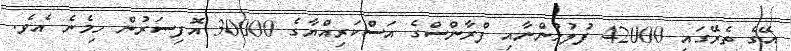
އޭގެ ތެރޭގައި 42000 ފުލުހުންނާއި ފްރާންސްގެ އަސްކަރިއްޔާގެ 30000 އޮފިސަރުން ހިމެނެ އެވެ.